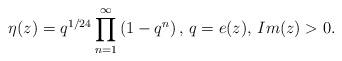
LaTeX: \begin{align*}\eta(z)=q^{1/24}\prod^{\infty}_{n=1}\left(1-q^n\right)\textrm{, }q=e(z)\textrm{, }Im(z)>0. \end{align*}